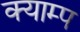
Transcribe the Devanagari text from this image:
क्याम्प